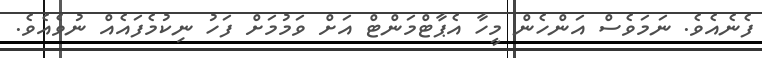
ފެނެއެވެ. ނަމަވެސް އަންހެން މީހާ އެޕާޓްމަންޓް އަށް ވަމުމަށް ފަހު ނިކުމެފައެއް ނުވެއެވެ.